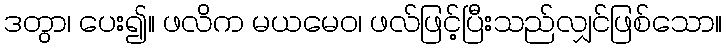
ဒတွာ၊ ပေး၍။ ဖလိက မယမေဝ၊ ဖလ်ဖြင့်ပြီးသည်လျှင်ဖြစ်သော။